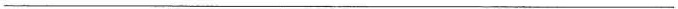
___